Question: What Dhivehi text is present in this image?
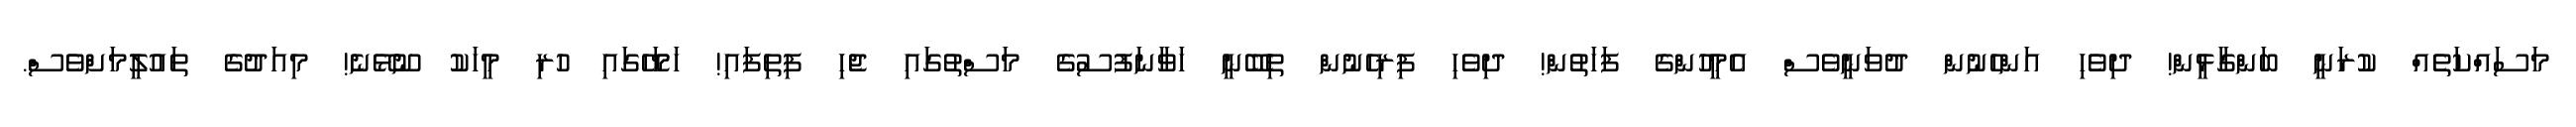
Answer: މަސައްކަތެއް ކުރަނީ ބަންގާޅީން! ދިވެހި އަންހެނުން ދުވަނީވެސް އެމީހުންގެ ފަހަތުން! ދިވެހި ފިރިހެނުން ތިބޭނީ ހަވާނަފުސުގެ މަސްތުގައި ޖެހި ފިތިފައި! ހަމަހޭގައި ހުރި މީހަކު ނޫޅޭނެ! މިއަދުގެ ތައުލީމަށްވެސް.